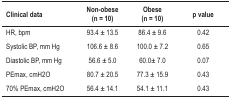
| Dados clínicos | Non-obese (n = 10) | Obese (n = 10) | p Value |
 | --- | --- | --- | --- |
 | HR, bpm | 93.4 ± 13.5 | 86.4 ± 9.6 | 0.42 |
 | Systolic BP, mm Hg | 106.6 ± 8.6 | 100.0 ± 7.2 | 0.65 |
 | Diastolic BP, mm Hg | 56.6 ± 5.0 | 60.0± 7.0 | 0.07 |
 | PEmax, cmH2O | 80.7 ± 20.5 | 77.3 ± 15.9 | 0.43 |
 | 70% PEmax, cmH2O | 56.4 ± 14.1 | 54.1 ± 11.1 | 0.43 |